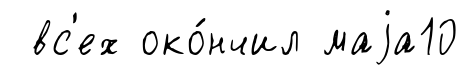
вс'ех око́нчил маjа10